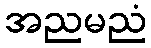
အညမညံ